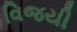
વિજયી